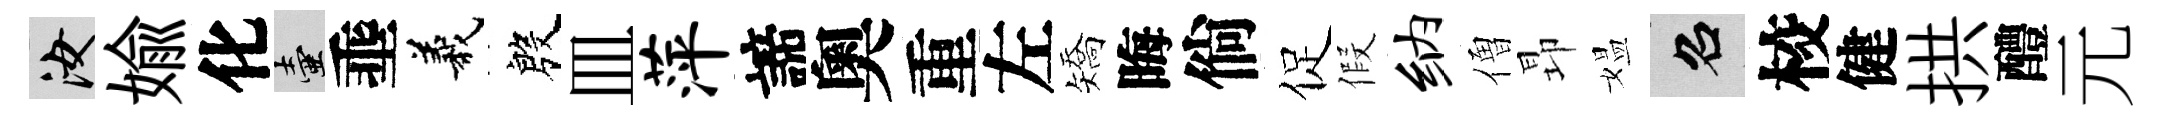
汝媮化壺埀義殷皿萍諦奧重左矯晦倘促假纳僧昻媪召校健拱醴元